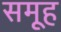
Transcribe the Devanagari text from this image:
समूूह